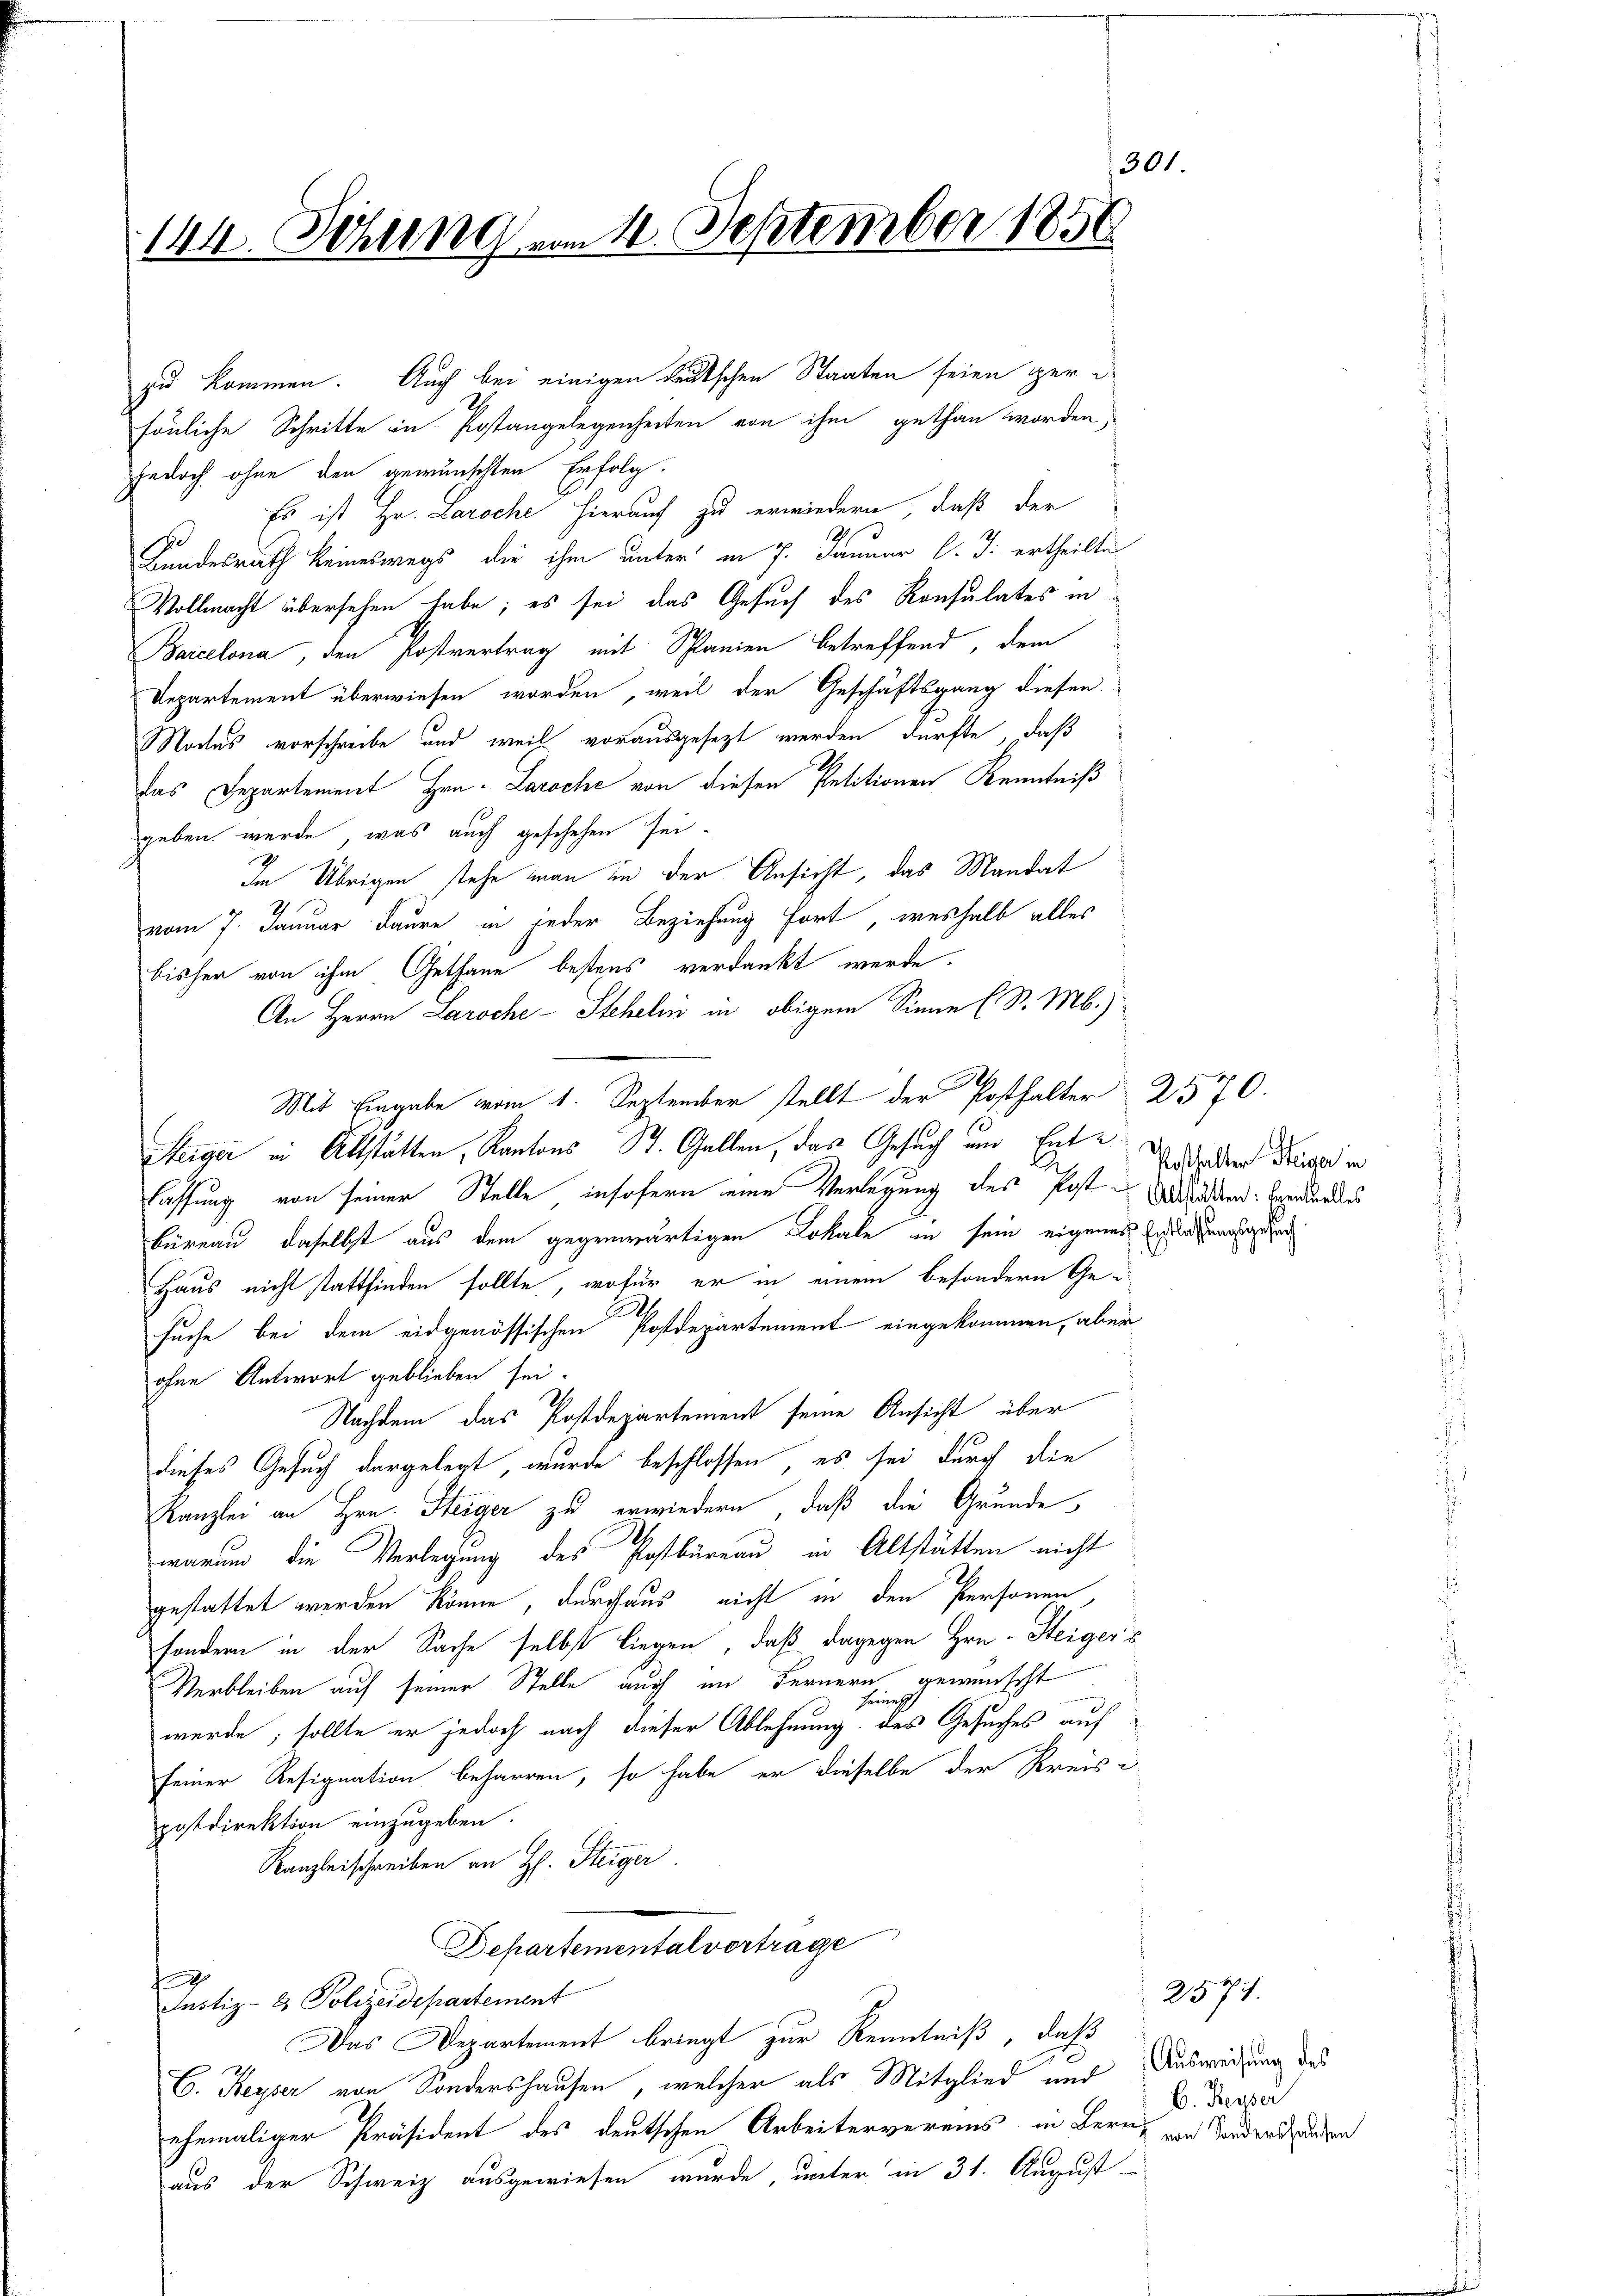
30.
144. Sitzung am 4. September 1856

zu kommen. Auch bei einigen deutschen Staaten seien gere
sönliche Schritte in Postangelegenheiten von ihm gethan worden,
jedoch ohne den gewünschten Erfolg.
Es ist Hr. Laroche hierauf zu erwiedern, daß der
9
Kundesrath keineswegs die ihm unter in 7. Januar l. J. ertheilte
Vollmacht übersehen habe; es sei das Gesuch des Konsulates in
Barcelona, den Postvertrag mit Schanien betreffend, dem
Departement überwiesen worden, weil der Geschäftsgang diesen
Modes vorschreibe und weil vorausgesezt werden dürfte, daß
das Departement Hrn. Laroche von diesen Petitionen Kenntniß
geben werde, was auch geschehen sei.
Im Übrigen stehe man in der Ansicht, das Mandat
vom 7. Januar daure in jeder Beziehung fort, weshalb alles
bisher von ihm Gethane bestens verdankt werde.
An Herrn Laroche Stehelin in obigem Sinne (S. Mb.)
Mit Eingabe vom 1. September stellt der Posthalter 2570.
Heiger in Altstätten, Kantons St. Gallen, das Gesuch und Ente
lassung von seiner Stelle insofern eine Verlegung des Postdirend beidendes
Büreau, daselbst aus dem gegenwärtigen Lokale in sein eigenes Erlaßungsanzen
Haus nicht stattfinden sollte, wofür er in einem besondern Ge¬
.
suche bei dem eidgenössischen Postdepartement eingekommen, aber
ohne Antwort geblieben sei.
Nachdem das Postdepartement seine Ansicht über
dieses Gesuch dargelegt, wurde beschlossen, es sei durch die
Kanzlei an Hrn. Steiger zu erwiedern, daß die Grunde
warum die Verlegung des Postbüreau in Altstätten nicht
gestattet werden könne, durchaus nicht in den Personen,
sondern in der Sache selbst liegen, daß dagegen Hrn. Steiger s
Verbleiben auf seiner Stelle auch im Fernern gewünscht
seines
werde; sollte er jedoch nach dieser Ablehnung des Gesuches auf
seiner Resignation beharren, so habe er dieselbe der Kreise
postdirektion einzugeben.
Kanzleischreiben an H. Steiger
Departemental vortrage
g
Justiz- & Polizeidepartement
Das Departement bringt zur Kenntniß, daß
C. Keyser von Sondershausen, welcher als Mitglied und Ausweisung des
ehemaliger Präsident des deutschen Arbeitervereins in Bern,
aus der Schweiz ausgewiesen wurde, unter in 31. August

Vorthalter Steiger in

b. Hesser
von Sondershausen

2571.